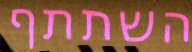
השתתף